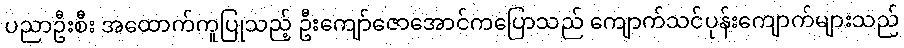
ပညာဦးစီး အထောက်ကူပြုသည့် ဦးကျော်ဇောအောင်ကပြောသည် ကျောက်သင်ပုန်းကျောက်များသည်